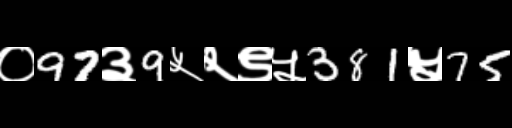
Text: ०97३9५२९५381५75